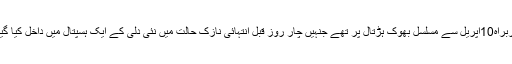
انہوں نے کہاکہ لبریشن فرنٹ کے سربراہ10اپریل سے مسلسل بھوک ہڑتال پر تھے جنہیں چار روز قبل انتہائی نازک حالت میں نئی دلی کے ایک ہسپتال میں داخل کیا گیا تاہم انہیں اس بارے میں آج بتایا گیا۔